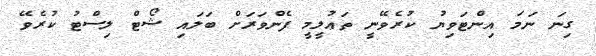
ގިނަ ނަމަ އިންޓަވިޔު ކުރެވޭނީ ތަޢުލީމީ ފެންވަރަށް ބަލައި ޝޯޓް ލިސްޓު ކުރެވޭ